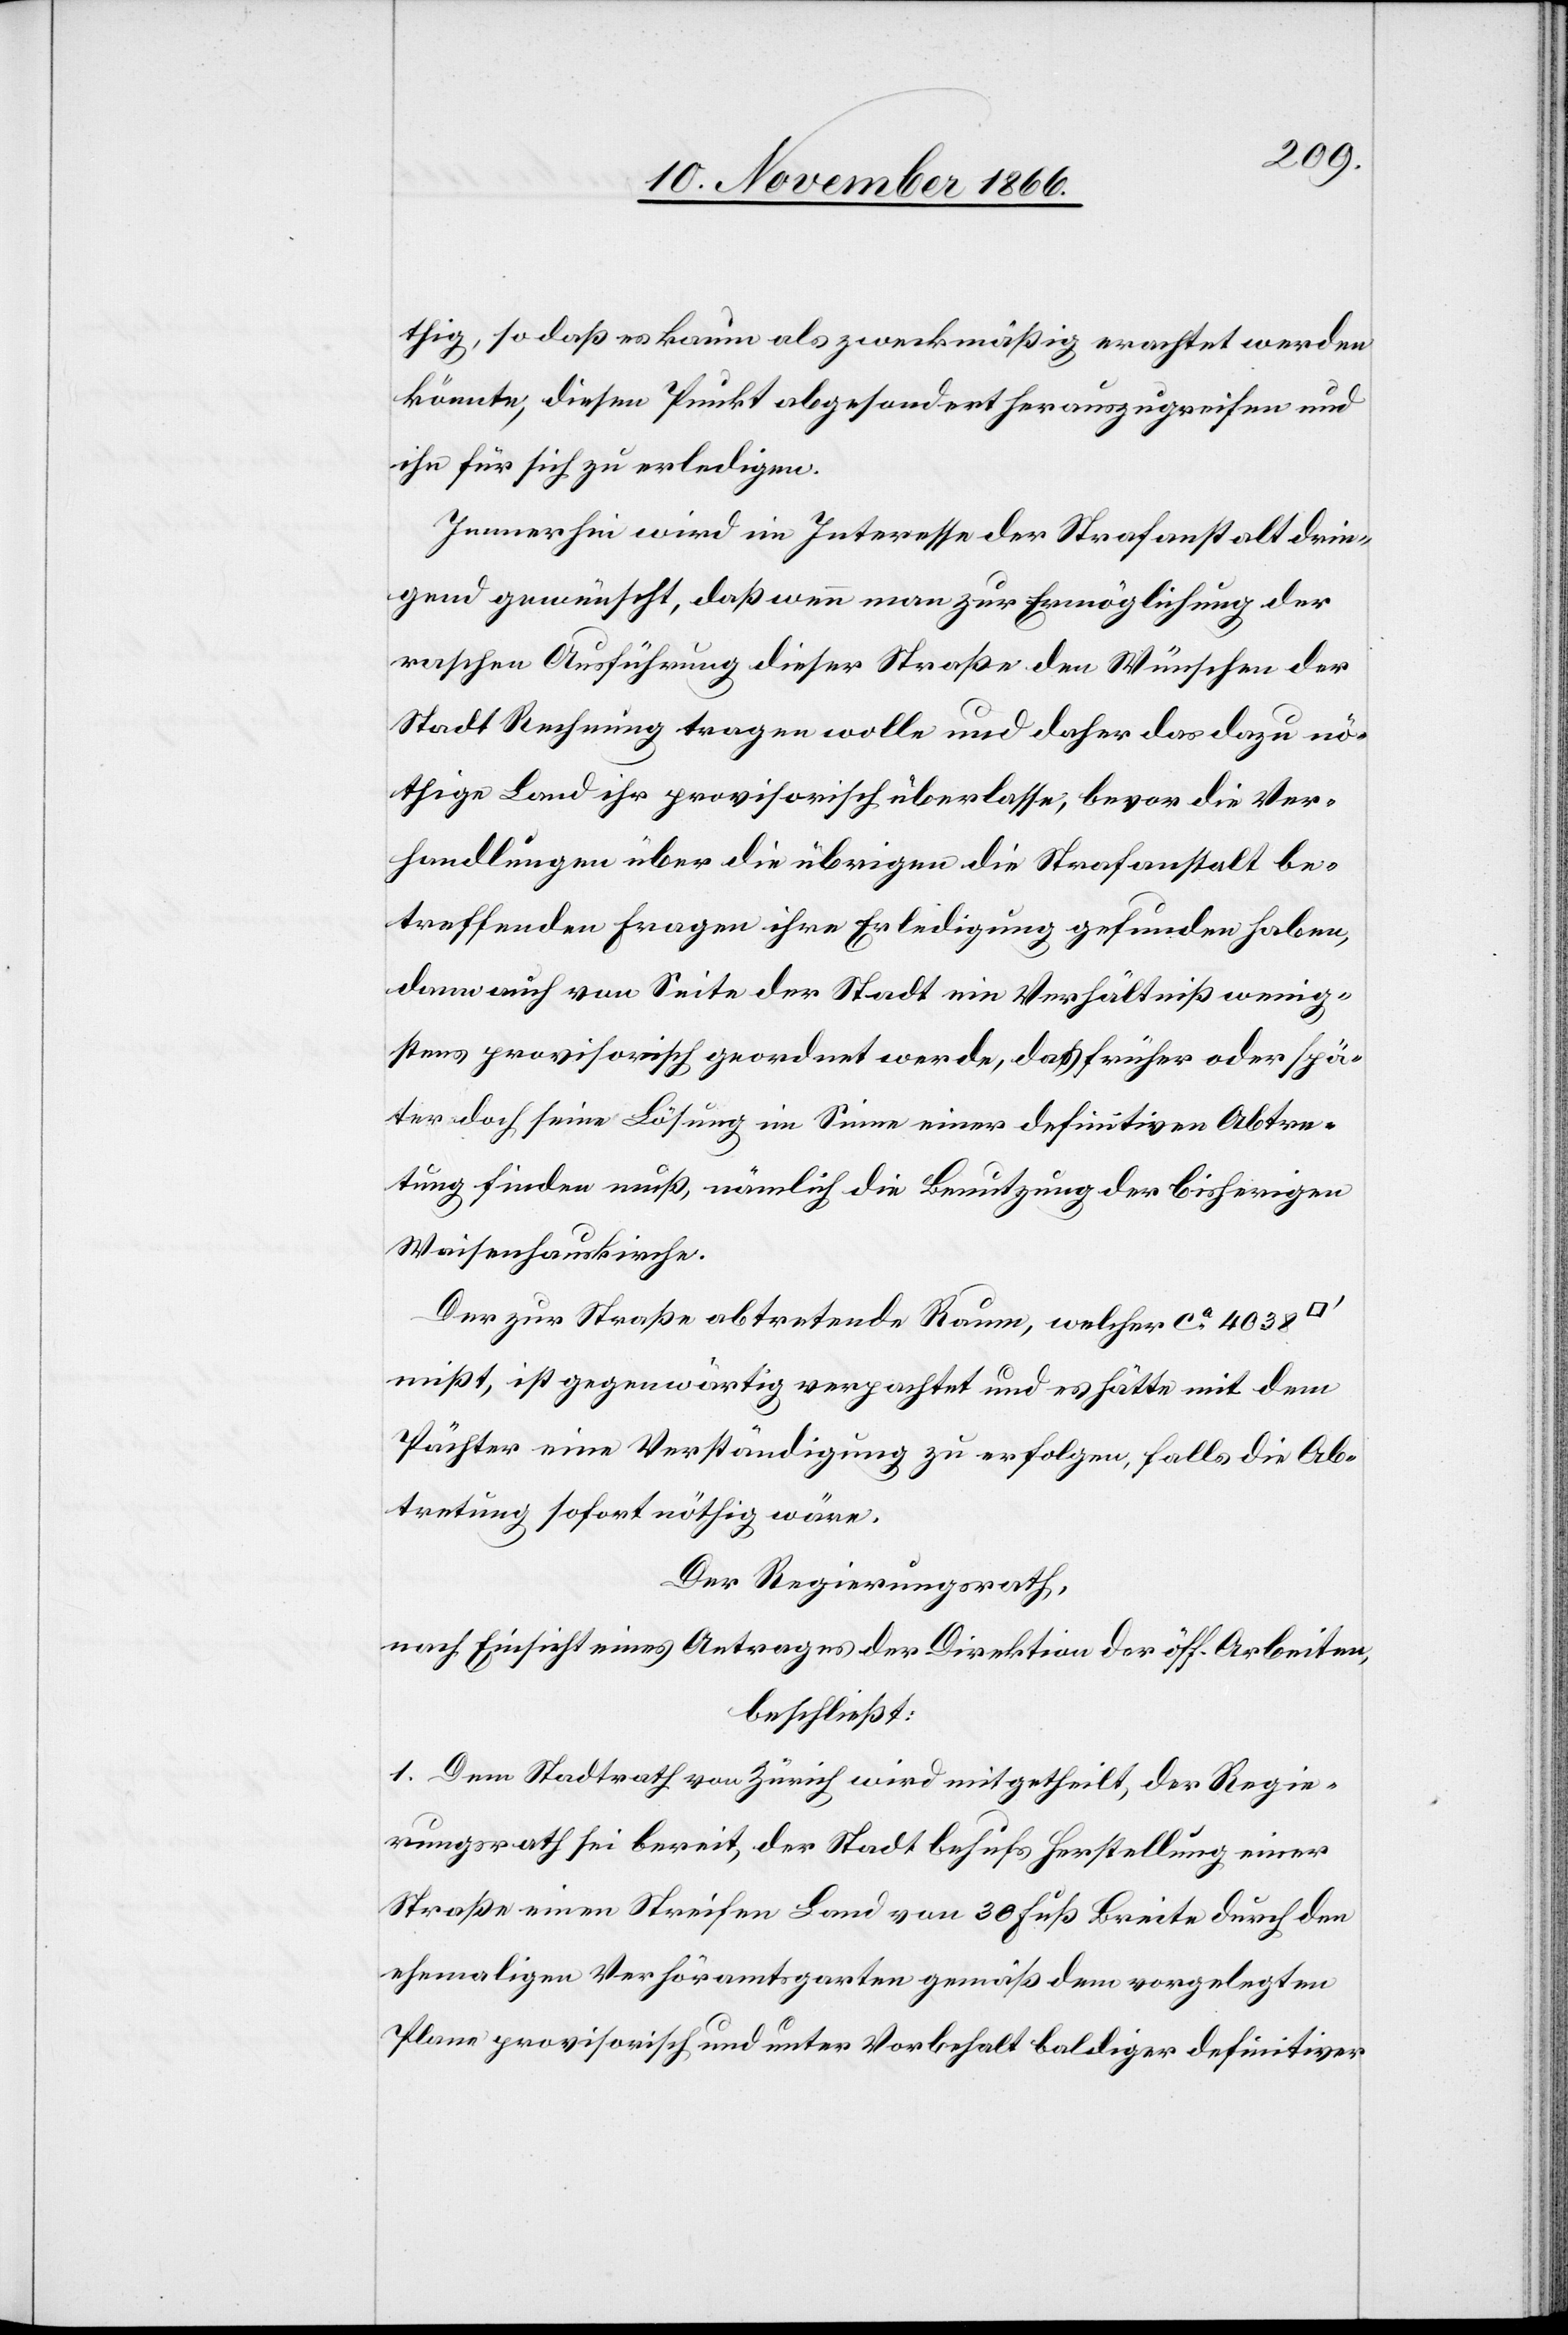
thig, so daß es kaum als zweckmäßig erachtet werden
könnte, diesen Punkt abgesondert herauszugreifen und
ihn für sich zu erledigen.
Immerhin wird im Interesse der Strafanstalt drin¬
gend gewünscht, daß wenn man zur Ermöglichung der
raschen Ausführung dieser Straße den Wünschen der
Stadt Rechnung tragen wolle und daher das dazu nö¬
thige Land ihr provisorisch überlasse, bevor die Ver¬
handlungen über die übrigen die Strafanstalt be¬
treffenden Fragen ihre Erledigung gefunden haben,
dann auch von Seite der Stadt ein Verhältniß wenig¬
stens provisorisch geordnet werde, das früher oder spä¬
ter doch seine Lösung im Sinne einer definitiven Abtre¬
tung finden muß, nämlich die Benutzung der bisherigen
Waisenhauskirche.
Der zur Straße abtretende Raum, welcher ca. 4038
mißt, ist gegenwärtig verpachtet und es hätte mit dem
Pächter eine Verständigung zu erfolgen, falls die Ab¬
tretung sofort nöthig wäre.
Der Regierungsrath,
nach Einsicht eines Antrages der Direktion der öff. Arbeiten,
beschließt:
1. Dem Stadtrath Zürich wird mitgetheilt, der Regie¬
rungsrath sei bereit, der Stadt behufs Herstellung einer
Straße einen Streifen Land von 30 Fuß Breite durch den
ehemaligen Verhöramtsgarten gemäß dem vorgelegten
Plane provisorisch und unter Vorbehalt baldiger definitiver